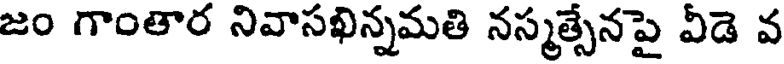
జం గాంతార నివాసఖిన్నమతి నస్మత్సేనపై వీడె వ